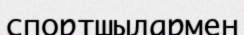
спортшылармен